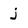
Character: j